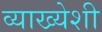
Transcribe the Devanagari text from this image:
व्याख्येशी